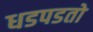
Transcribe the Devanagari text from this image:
धडपडतो